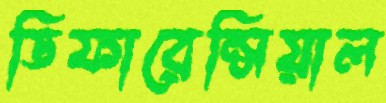
ডিফারেন্সিয়াল